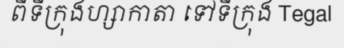
ពីទីក្រុងហ្សាកាតា ទៅទីក្រុង Tegal